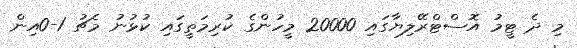
މި ދެ ޓީމު އޮސްޓްރޭލިޔާގައި 20000 މީހުންގެ ކުރިމަތީގައި ކުޅުނު މެޗު 1-0އިން